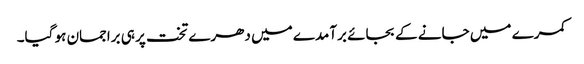
کمرے میں جانے کے بجائے برآمدے میں دھرے تخت پر ہی براجمان ہو گیا۔